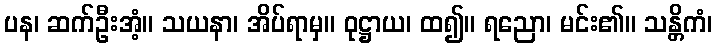
ပန၊ ဆက်ဦးအံ့။ သယနာ၊ အိပ်ရာမှ။ ဝုဋ္ဌာယ၊ ထ၍။ ရညော၊ မင်း၏။ သန္တိကံ၊